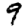
Digit: 9